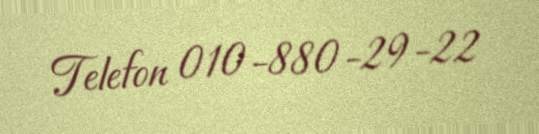
Telefon 010-880-29-22